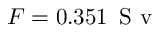
F = 0 . 3 5 1 \, \mathrm { ~ S ~ v ~ }